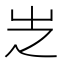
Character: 㞫